Calcutta medical institutions reports 1892-1900
Year: 1892
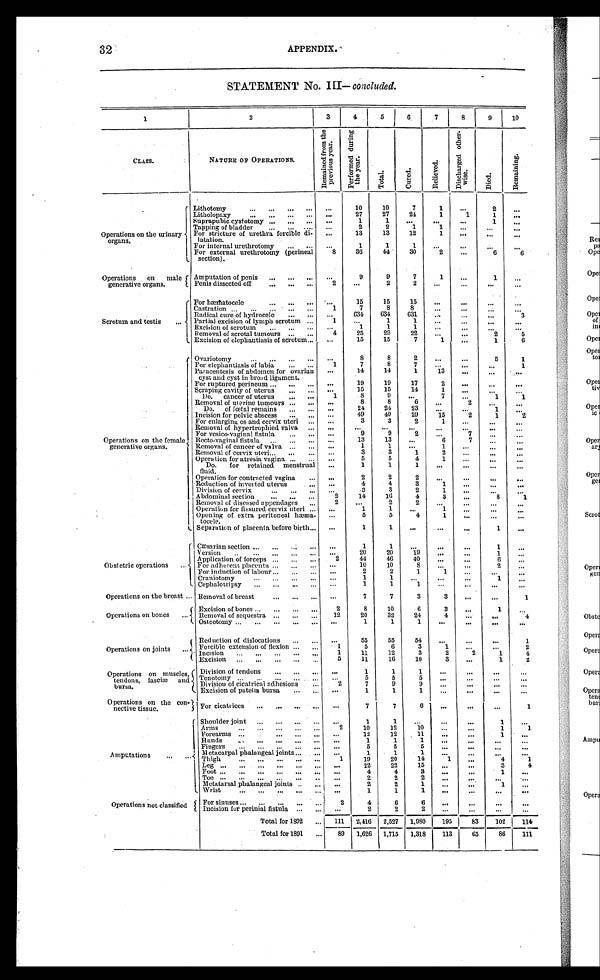
32
APPENDIX.
STATEMENT No. III— concluded.
1
2
3
4
5
6
7 8
9 1 0
CLASS.
NATURE OF OPERATIONS.
R e m a i n e d f r o m t h e p r e v i o u s r e a r . e m a i
P e r f o r m e d d u r i n g t h e y e a r .
T o t a l .
C u r e d .
R e l i v e d .
D i s c h a r g e d o t h e r w i s e .
D i e d .
R e m a i n i n g .
Operations on the urinary
organs.
Lithotomy
10
10
7
1
2
Litholopaxy
27
27
24
1
1
1
Suprapubic cystotomy
1
1
1
Tapping of bladder
2
2
1
1
For stricture oF urethra forcible di-
latation.
13
13
12
1
For internal urethrotomy
1
1
1
For external urethrotomy (perineal
section).
8
36
44
30
2
6
6
Operations on male f
generative organs.
Amputation of penis
9
9
7
1
1
Penis dissected off
2
2
2
Scrotum and testis
For hæmatocele
15
15
15
Castration
1
7
8
8
Radical cure of hydrocele
634
634
631
3
Partial excision of lymph scrotum
1
1
1
Excision of scrotum
1
1
1
Removal of scrotal tumours
4
25
29
22
2
5
Excision of elephantiasis of scrotum
15
15
7
1
1
6
O p e r a t i o n s o n t h e f e m a l e ,
generative organs.
Ovariotomy
8
8
2
5
1
For elephantiasis of labia
1
7
8
7
1
Paracentesis of abdomen for ovarian
cyst and cyst in broad ligament.
14
14
1
13
For ruptured perineum
19
19
17
2
Scraping cavity of uterus
1 5
15
14
1
Do. cancer of uterus
1
8
9
7
1
1
R e m o v a l o f u t e r i n e t u m o u r s
8
8
6
2
Do. of fœtal remains
24
24
23
1
I n c i s i o n f o r p e l v i c a b s c e s s
49
49
20
15
2
1
2
For enlarging os and cervix uteri
3
3
2
1
Removal of hypertrophied valva
For vesico-vaginal fistula
9
9
2
7
Recto-vaginal fistula
13
13
6
7
Removal of cancer of valva
1
1
1
Removal of cervix uteri
3
3
1
2
Operation for atresia vagina
5
5
4
1
Do. f o r
r e t a i n e d
m e n s t r u a l
fluid.
1
1
1
Operation for contracted vagina
2
2
2
Reduction of inverted. uterus
4
4
3
1
Division of cervix
3
3
2
1
Abdominal section
2
14
16
4
3
8
1
Removal of diseased appendages
2
2
2
Operation for fissured cervix uteri
1
1
1
Opening of extra peritoneal hæma-
tocele.
5
5
4
1
Separation of placenta before birth
1
1
1
Obstetric operations
Cæsarian section
1
1
1
Version
20
20
19
1
A p p l i c a t i o n o f f o r c e p s
. . .
. . .
2
44
46
40
6
For adherent placenta
10
10
8
2
For induction of labour
2
2
1
1
Craniotomy
1
1
1
Cephalotripsy
1
1
1
Operations on the breast
Removal of breast
7
7
3
3
1
Operations on bones
E xcision of bones
Removal of sequestra
2
12
8
20
10 3 2
6
24
3
4
1
4
Osteotomy
1
1
1
Operations on joints
Reduction of dislocations
Forcible extension of flexion
1
55
5
55
6
54
3
1
1
2
Incision
1
11
12
3
2
2
1
4
xcision
5
11
16
10
3
1
2
Operations on muscles,
tendons, fasciæ
a n d
b u r s a .
Division of tendons
1
1
1
Tenotomy
5
5
5
Division of cicatrical adhesions
Excision of patella bursa
2
7 1
9
1
9 1
Operations on the con-
nect i ve t i ssue.
For cicatrices
7
7
6
1
Amputations
Shoulder joint
1
1
1
A r m s
2
10
12
10
1
1
Arms
Forearms
12
12 11
1
1
H a n d s
1
1
1
Fingers
5
5
5
Metacarpal phalangeal joints
1
1
1
Th i g h
1
19
20
14
1
4
1
22
22
15
3
4
Foot
4
4
3
1
2
2
2
Metatarsal phalangeal joints
2
2
1
1
Wrist
1
1
1
Operations not classified
For sinuses
2
4
6
6
Incision for perinial fistula
2
2
2
Total for 1892
111
2,416 2,527 1,980
195
83
102
114
Total for 1891
89 1,626 1,715 1,318
113
65
86
111